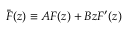
\bar { F } ( z ) \equiv A F ( z ) + B z F ^ { \prime } ( z )